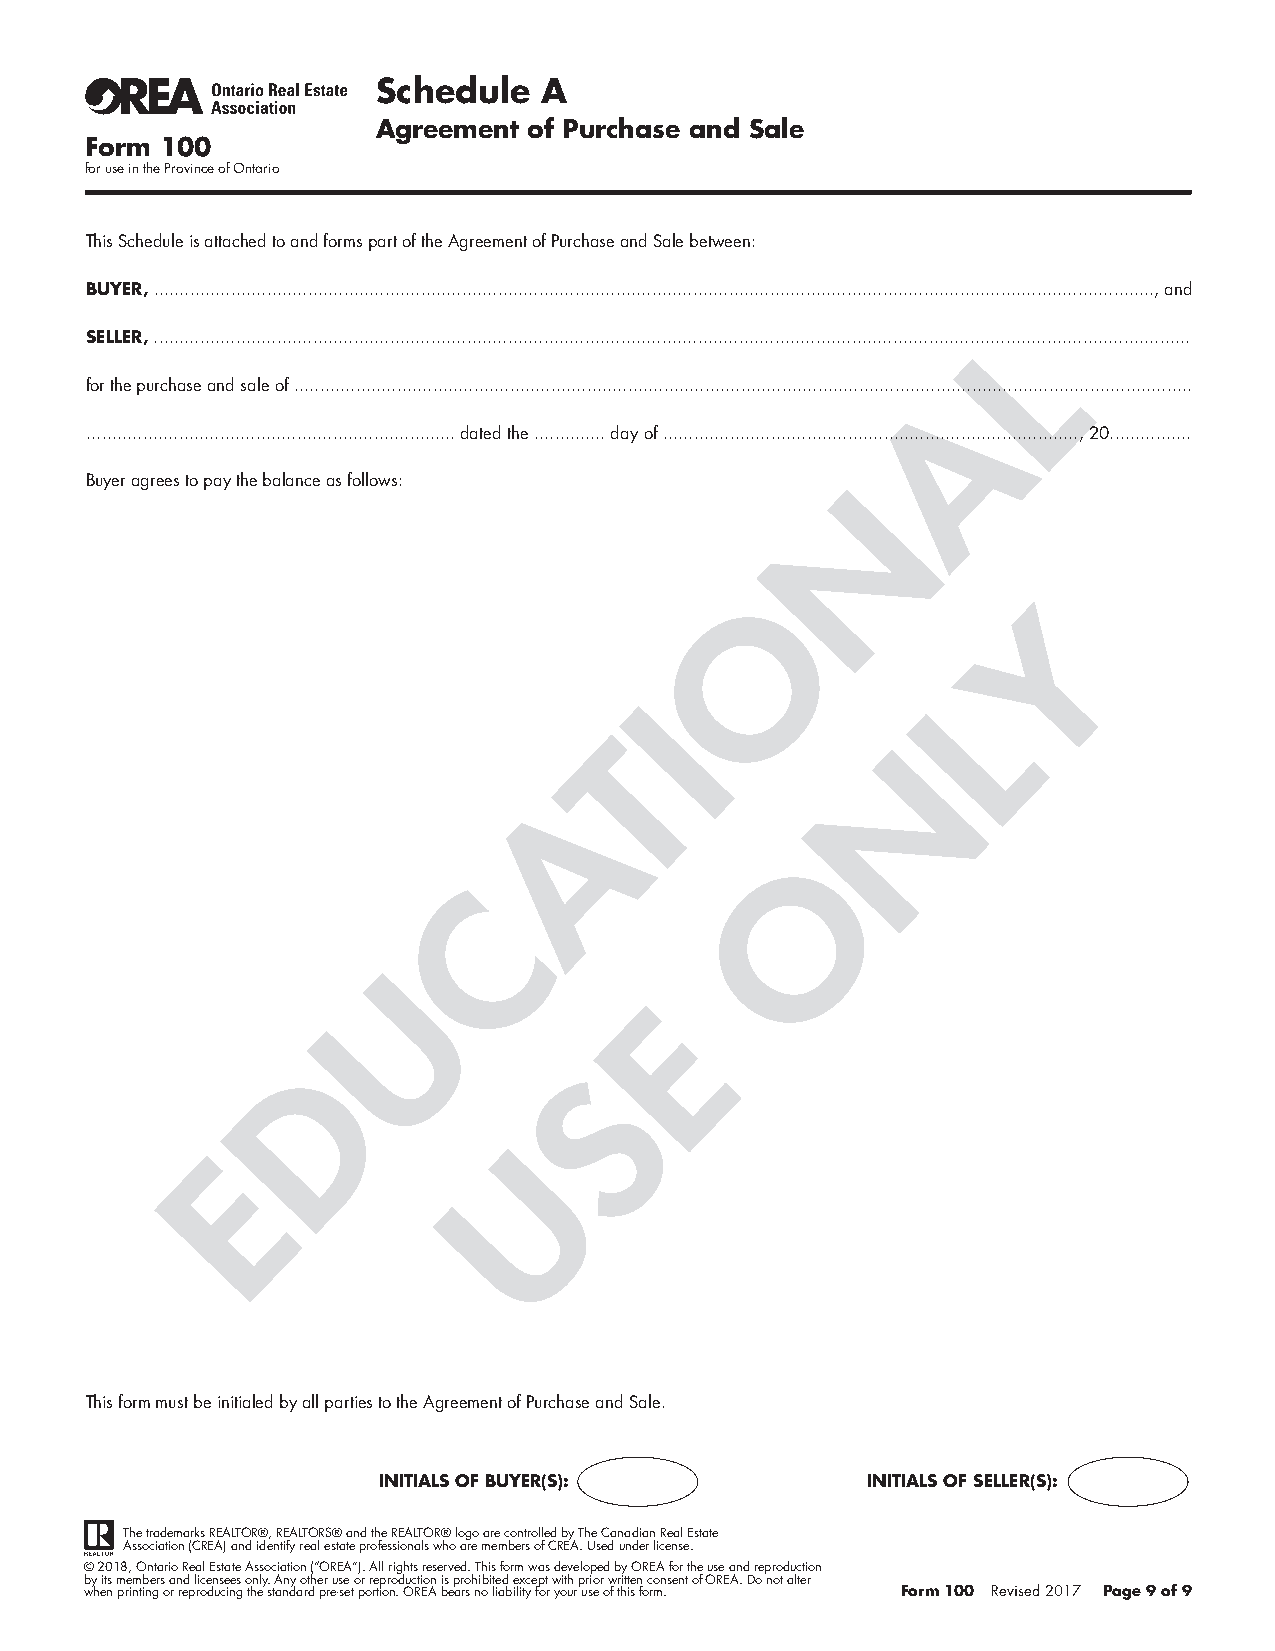
Schedule   A
 Agreement of Purchase and Sale
 Form 100
 for use in the Province of Ontario
 This Schedule is attached to and forms part of the Agreement of Purchase and Sale between:
 BUYER, ..................................................................................................................................................................................................., and
 SELLER, ......................................................................................................................................................................L....................................
 for the purchase and sale of ...............................................................................................................................................................................
 A
 ........................................................................ dated the .............. day of ................................................................................., 20................
 Buyer agrees to pay the balance as follows:
 N
 O
 Y
 L
 I
 T
 N
 A
 O
 C
 U
 E
 D
 S
 U
 E
 This form must be initialed by all parties to the Agreement of Purchase and Sale.
 INITIALS OF BUYER(S):           INITIALS OF SELLER(S):
 The trademarks REALTOR®, REALTORS® and the REALTOR® logo are controlled by The Canadian Real Estate
 Association (CREA) and identify real estate professionals who are members of CREA. Used under license.
 © 2018, Ontario Real Estate Association (“OREA”). All rights reserved. This form was developed by OREA for the use and reproduction
 by its members and licensees only. Any other use or reproduction is prohibited except with prior written consent of OREA. Do not alter
 when printing or reproducing the standard pre-set portion. OREA bears no liability for your use of this form. Form 100 Revised 2017 Page 9 of 9